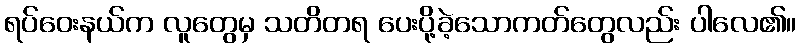
ရပ်ဝေးနယ်က လူတွေမှ သတိတရ ပေးပို့ခဲ့သောကတ်တွေလည်း ပါလေ၏။